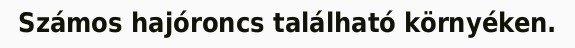
Számos hajóroncs található környéken.